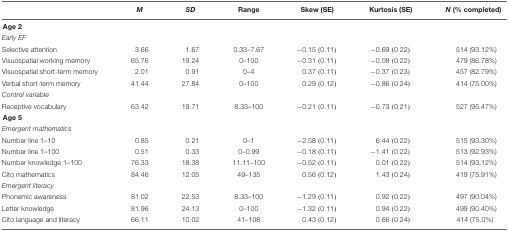
|  | M | SD | Range | Skew (SE) | Kurtosis (SE) | N (% completed) |
 | --- | --- | --- | --- | --- | --- | --- |
 | <COLSPAN=6> Age 2 |
 | Early EF |  |  |  |  |  |  |
 | Selective attention | 3.66 | 1.67 | 0.33–7.67 | –0.15 (0.11) | –0.69 (0.22) | 514 (93.12%) |
 | Visuospatial working memory | 65.76 | 19.24 | 0–100 | –0.31 (0.11) | –0.08 (0.22) | 479 (86.78%) |
 | Visuospatial short-term memory | 2.01 | 0.91 | 0–4 | 0.37 (0.11) | –0.37 (0.23) | 457 (82.79%) |
 | Verbal short-term memory | 41.44 | 27.84 | 0–100 | 0.29 (0.12) | –0.86 (0.24) | 414 (75.00%) |
 | Control variable |  |  |  |  |  |  |
 | Receptive vocabulary | 63.42 | 19.71 | 8.33–100 | –0.21 (0.11) | –0.73 (0.21) | 527 (95.47%) |
 | <COLSPAN=6> Age 5 |
 | Emergent mathematics |  |  |  |  |  |  |
 | Number line 1–10 | 0.85 | 0.21 | 0–1 | –2.58 (0.11) | 6.44 (0.22) | 515 (93.30%) |
 | Number line 1–100 | 0.51 | 0.33 | 0–0.99 | –0.18 (0.11) | –1.41 (0.22) | 513 (92.93%) |
 | Number knowledge 1–100 | 76.33 | 18.38 | 11.11–100 | –0.52 (0.11) | 0.01 (0.22) | 514 (93.12%) |
 | Cito mathematics | 84.46 | 12.05 | 49–135 | 0.56 (0.12) | 1.43 (0.24) | 419 (75.91%) |
 | Emergent literacy |  |  |  |  |  |  |
 | Phonemic awareness | 81.02 | 22.53 | 8.33–100 | –1.29 (0.11) | 0.92 (0.22) | 497 (90.04%) |
 | Letter knowledge | 81.96 | 24.13 | 0–100 | –1.32 (0.11) | 0.94 (0.22) | 499 (90.40%) |
 | Cito language and literacy | 66.11 | 10.02 | 41–108 | 0.43 (0.12) | 0.66 (0.24) | 414 (75.0%) |